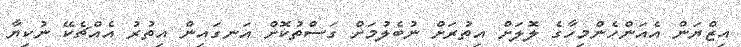
އިޒްޔަން އެއަންހެންމިހާގެ ލޮލަށް އިތުރަށް ނުބެލުމަށް ގަސްތުކޮށް އަނގައިން އިތުރު އެއްޗެކޭ ނުކިޔާ